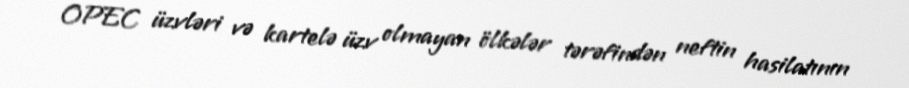
OPEC üzvləri və kartelə üzv olmayan ölkələr tərəfindən neftin hasilatının